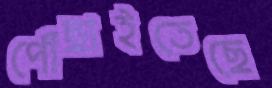
পৌঁছাইতেছে